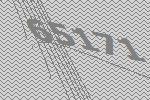
65171